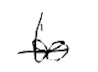
Text: to
Cross-out: single-line
Writing tool: digital_black